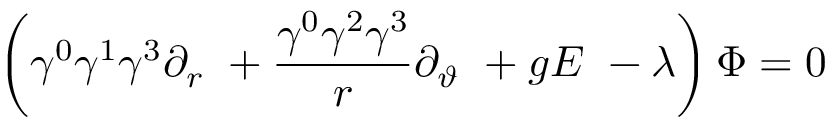
\left( \gamma ^ { 0 } \gamma ^ { 1 } \gamma ^ { 3 } \partial _ { r } \ + \frac { \gamma ^ { 0 } \gamma ^ { 2 } \gamma ^ { 3 } } r \partial _ { \vartheta } \ + g E \ - \lambda \right) \Phi = 0